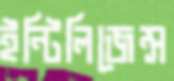
ইন্টিলিজেন্স